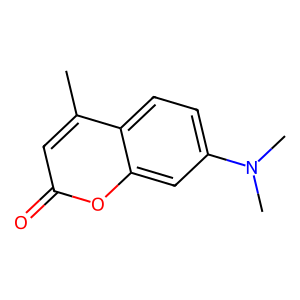
SMILES: Cc1cc(=O)oc2cc(N(C)C)ccc12
Inhibits HIV replication: No